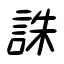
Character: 誅